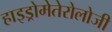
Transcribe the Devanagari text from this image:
हाइड्रोमेतेरोलोजी